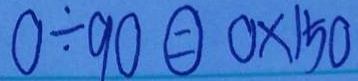
0 \div 9 0 \textcircled { = } 0 \times 1 5 0